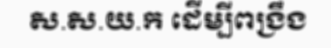
ស.ស.យ.ក ដើម្បីពង្រឹង